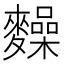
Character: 𪍽